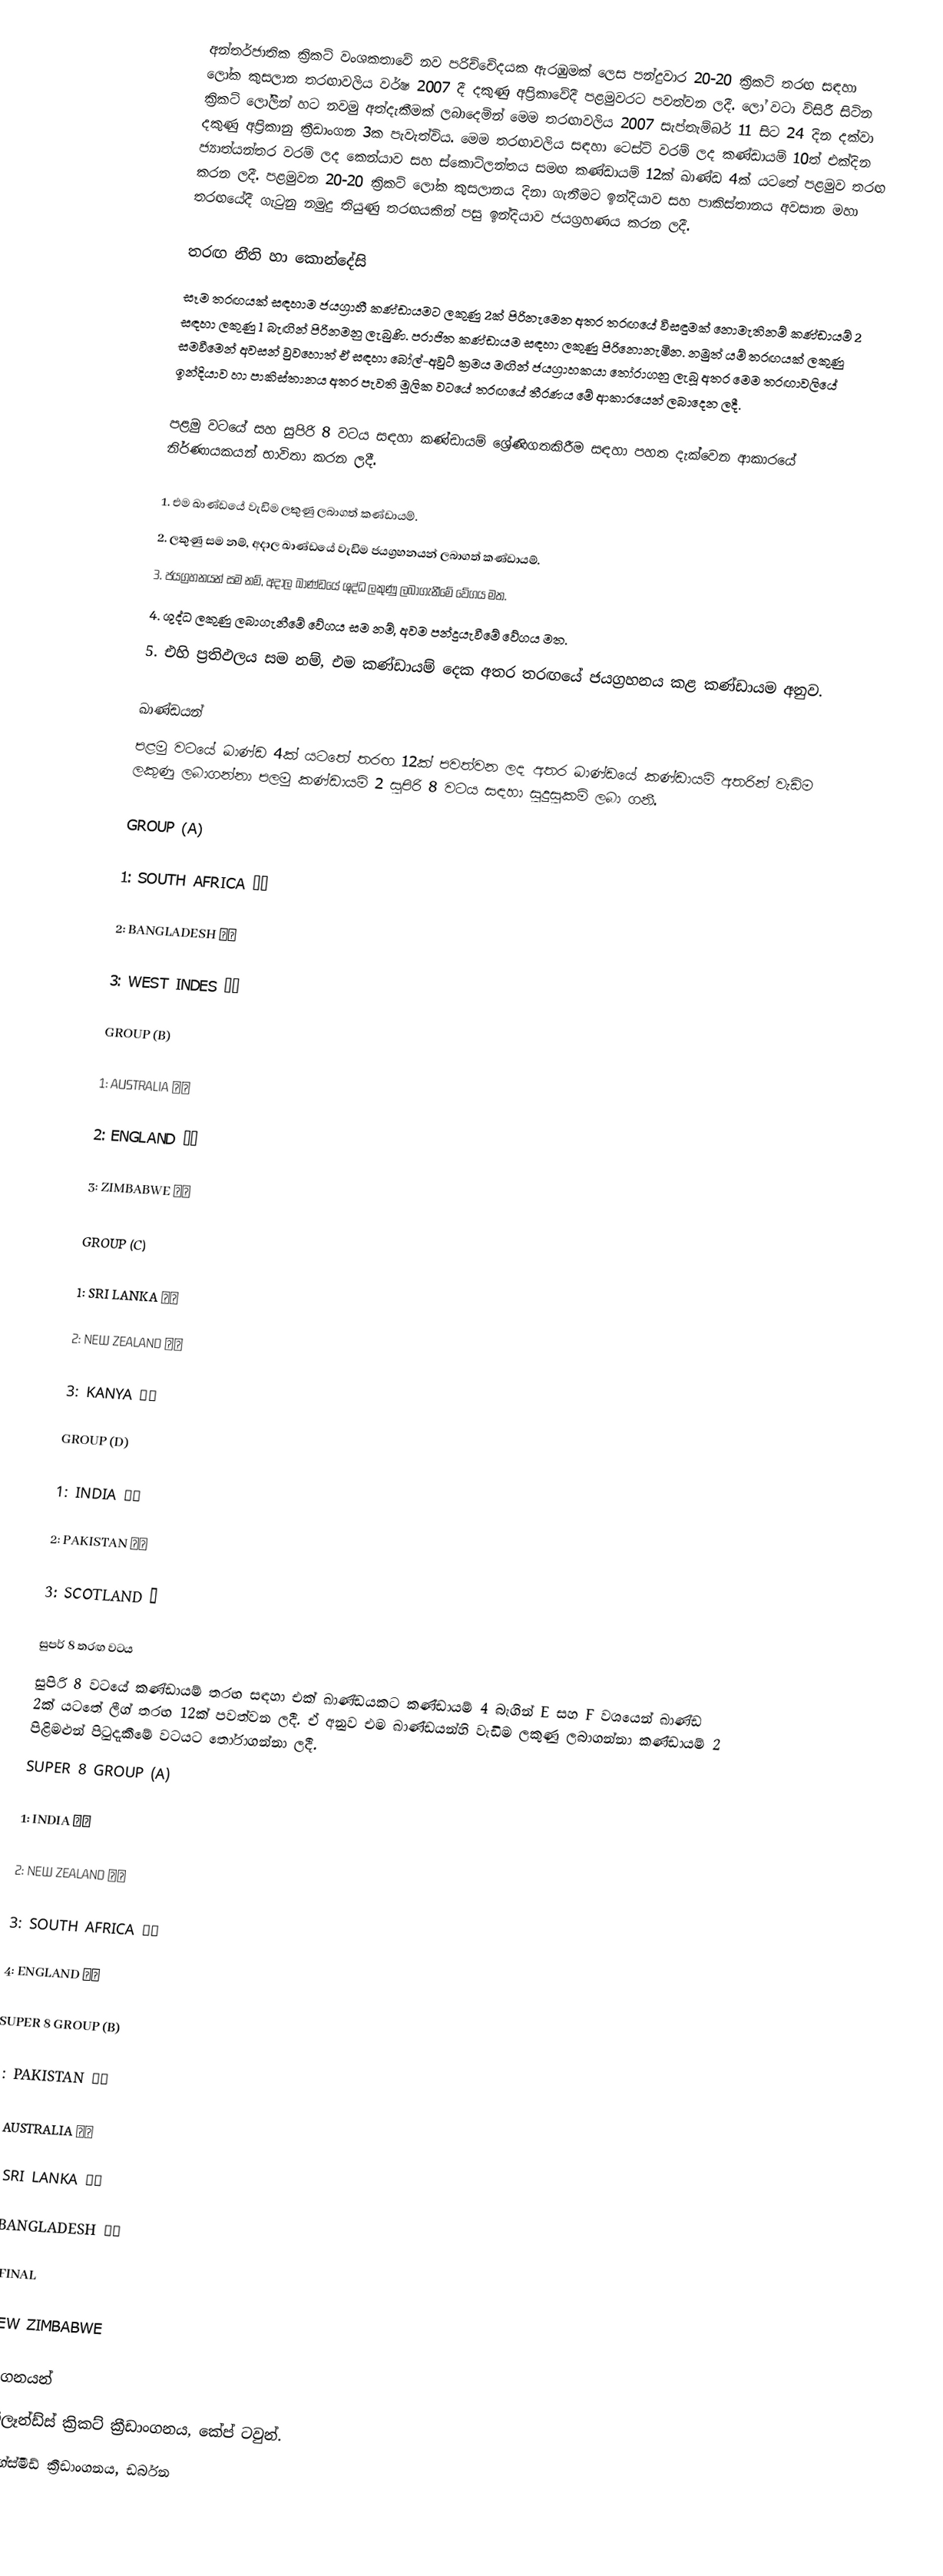
අන්තර්ජාතික ක්‍රිකට් වංශකතාවේ නව පරිච්චේදයක ඇරඹුමක් ලෙස පන්දුවාර 20-20 ක්‍රිකට් තරඟ සඳහා ලෝක කුසලාන තරඟාවලිය වර්ෂ 2007 දී දකුණු අප්‍රිකාවේදී පළමුවරට පවත්වන ලදී. ලෝ වටා විසිරී සිටින ක්‍රිකට් ලෝලීන් හට නවමු අත්දැකීමක් ලබාදෙමින් මෙම තරඟාවලිය 2007 සැප්තැම්බර් 11 සිට 24 දින දක්වා දකුණු අප්‍රිකානු ක්‍රීඩාංගන 3ක පැවැත්විය. මෙම තරඟාවලිය සඳහා ටෙස්ට් වරම් ලද කණ්ඩායම් 10ත් එක්දින ජ්‍යාත්යන්තර වරම් ලද කෙන්යාව සහ ස්කොට්ලන්තය සමඟ කණ්ඩායම් 12ක් ඛාණ්ඩ 4ක් යටතේ පළමුව තරඟ කරන ලදී. පළමුවන 20-20 ක්‍රිකට් ලෝක කුසලානය දිනා ගැනීමට ඉන්දියාව සහ පාකිස්තානය අවසාන මහා තරඟයේදී ගැටුනු නමුදු තියුණු තරඟයකින් පසු ඉන්දියාව ජයග්‍රහණය කරන ලදී.

තරඟ නීති හා කොන්දේසි
සෑම තරඟයක් සඳහාම ජයග්‍රාහී කණ්ඩායමට ලකුණු 2ක් පිරිනැමෙන අතර තරඟයේ විසඳුමක් නොමැතිනම් කණ්ඩායම් 2 සඳහා ලකුණු 1 බැඟින් පිරිනමනු ලැබුණි. පරාජිත කණ්ඩායම සඳහා ලකුණු පිරිනොනැමින. නමුත් යම් තරඟයක් ලකුණු සමවීමෙන් අවසන් වුවහොත් ඒ සඳහා බෝල්-අවුට් ක්‍රමය මඟින් ජයග්‍රාහකයා තෝරාගනු ලැබූ අතර මෙම තරඟාවලියේ ඉන්දියාව හා පාකිස්තානය අතර පැවති මූලික වටයේ තරඟයේ තීරණය මේ ආකාරයෙන් ලබාදෙන ලදී.

පළමු වටයේ සහ සුපිරි 8 වටය සඳහා කණ්ඩායම් ශ්‍රේණිගතකිරීම සඳහා පහත දැක්වෙන ආකාරයේ නිර්ණායකයන් භාවිතා කරන ලදී.

1. එම ඛාණ්ඩයේ වැඩිම ලකුණු ලබාගත් කණ්ඩායම්.
2. ලකුණු සම නම්, අදාල ඛාණ්ඩයේ වැඩිම ජයග්‍රහනයන් ලබාගත් කණ්ඩායම්.
3. ජයග්‍රහනයන් සම නම්, අදාල ඛාණ්ඩයේ ශුද්ධ ලකුණු ලබාගැනීමේ වේගය මත.
4. ශුද්ධ ලකුණු ලබාගැනීමේ වේගය සම නම්, අවම පන්දුයැවීමේ වේගය මත.
5. එහි ප්‍රතිඵලය සම නම්, එම කණ්ඩායම් දෙක අතර තරඟයේ ජයග්‍රහනය කළ කණ්ඩායම අනුව.

ඛාණ්ඩයන්
පළමු වටයේ ඛාණ්ඩ 4ක් යටතේ තරඟ 12ක් පවත්වන ලද අතර ඛාණ්ඩයේ කණ්ඩායම් අතරින් වැඩිම ලකුණු ලබාගන්නා පලමු කණ්ඩායම්  2 සුපිරි 8 වටය සඳහා සුදුසුකම් ලබා ගනී.

GROUP (A)

1: SOUTH AFRICA 🇿🇦

2: BANGLADESH 🇧🇩

3: WEST INDES 🇯🇲

GROUP (B)

1: AUSTRALIA 🇦🇺

2: ENGLAND 🇬🇧

3: ZIMBABWE 🇿🇼

GROUP (C)

1: SRI LANKA 🇱🇰

2: NEW ZEALAND 🇦🇺

3: KANYA 🇰🇪

GROUP (D)

1: INDIA 🇮🇳

2: PAKISTAN 🇵🇰

3: SCOTLAND 🏴󠁧󠁢󠁳󠁣󠁴󠁿

සුපර් 8 තරඟ වටය
සුපිරි 8 වටයේ කණ්ඩායම් තරඟ සඳහා එක් ඛාණ්ඩයකට කණ්ඩායම් 4 බැගින් E සහ F වශයෙන් ඛාණ්ඩ 2ක් යටතේ ලීග් තරඟ 12ක් පවත්වන ලදී. ඒ අනුව එම ඛාණ්ඩයන්හි වැඩිම ලකුණු ලබාගන්නා කණ්ඩායම් 2 පිළිමළුන් පිටුදැකීමේ වටයට තෝරාගන්නා ලදී.
SUPER 8 GROUP (A)

1: INDIA 🇮🇳

2: NEW ZEALAND 🇳🇿

3: SOUTH AFRICA 🇿🇦

4: ENGLAND 🇬🇧

SUPER 8 GROUP (B)

1: PAKISTAN 🇵🇰

2: AUSTRALIA 🇦🇺

3: SRI LANKA 🇱🇰

4: BANGLADESH 🇧🇩

Sim FINAL

🇳🇿 NEW ZIMBABWE

ක්‍රීඩාංගනයන්
1. නිව්ලෑන්ඩ්ස් ක්‍රිකට් ක්‍රීඩාංගනය, කේප් ටවුන්.
2. කින්ග්ස්මීඩ් ක්‍රීඩාංගනය, ඩර්බන